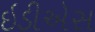
ઇડીએસ